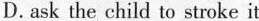
D. ask the child to stroke it